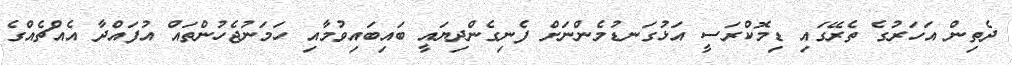
ދެތިން އަހަރުގެ ތެރޭގައި ޑިމޮކްރަސީ އަޅުގަނޑުމެންނަށް ފެނިގެންދިޔައީ ބައިބައިވުމާއި ހަމަނުޖެހުންތައް އުފައްދާ އެއްޗެއްގެ